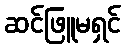
ဆင်ဖြူမရှင်